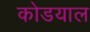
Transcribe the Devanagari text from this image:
कोडयाल